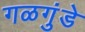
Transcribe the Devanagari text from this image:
गळगुंडे